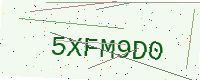
Text: 5XFM9D0